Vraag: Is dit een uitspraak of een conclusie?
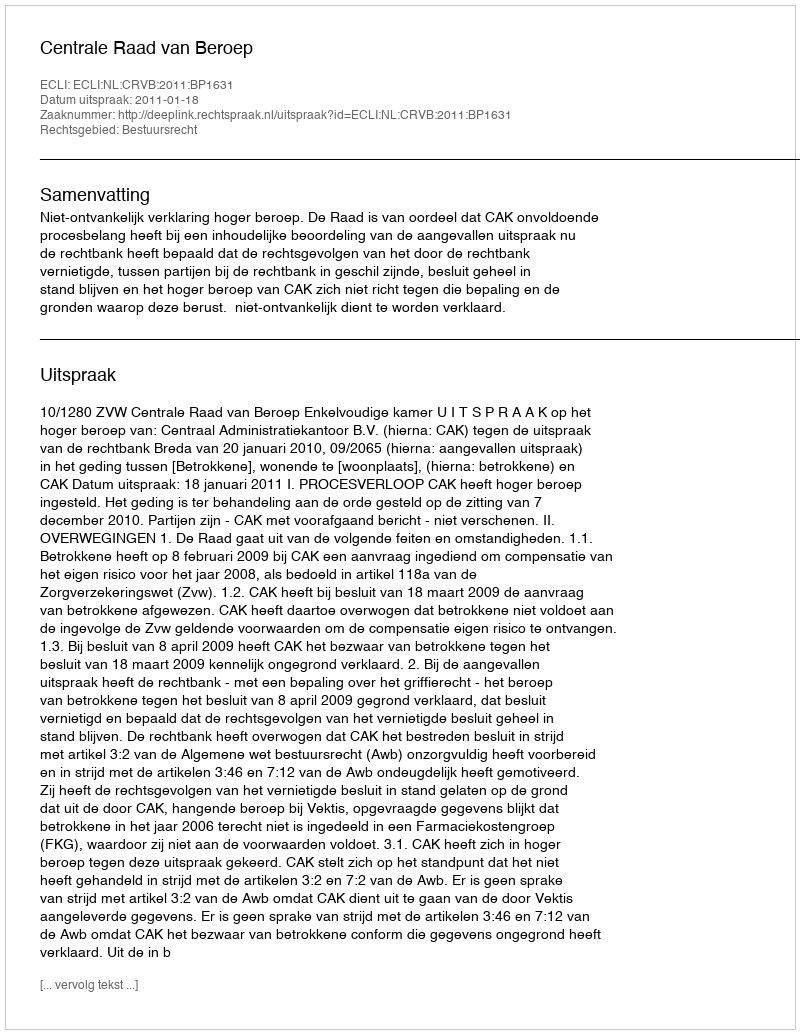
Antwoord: Uitspraak